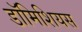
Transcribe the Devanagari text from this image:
डॉमिशियस